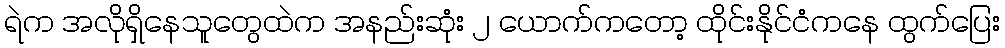
ရဲက အလိုရှိနေသူတွေထဲက အနည်းဆုံး ၂ ယောက်ကတော့ ထိုင်းနိုင်ငံကနေ ထွက်ပြေး